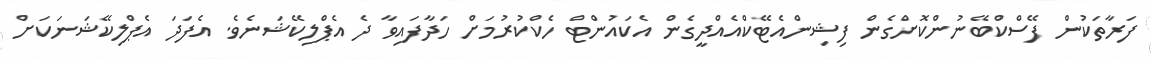
ފަރާތަކުން ފޭސްކްބޭނުންކޮށްގެން ފިޝިންއެޓޭކްއެއްދީގެން އެކައުންޓް ހެކްކުރުމަށް ހަދާފައިވާ ދެ އެޕްލިކޭޝަނެވެ. އެފަދަ އެޕްލިކޭޝަނަކަށް